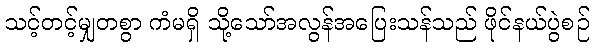
သင့်တင့်မျှတစွာ ကံမရှိ သို့သော်အလွန်အပြေးသန်သည် ဖိုင်နယ်ပွဲစဉ်